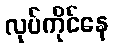
လုပ်ကိုင်နေ